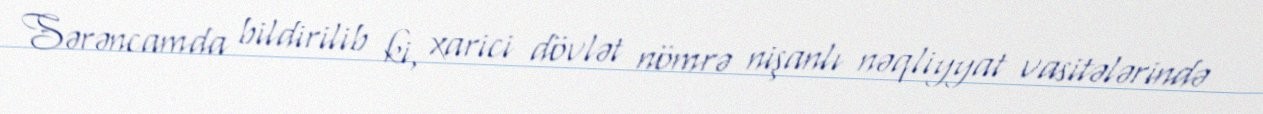
Sərəncamda bildirilib ki, xarici dövlət nömrə nişanlı nəqliyyat vasitələrində